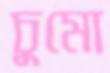
চুমো